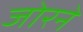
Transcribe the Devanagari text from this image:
जोरने